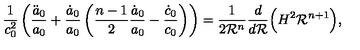
\frac { 1 } { c _ { 0 } ^ { 2 } } \left( \frac { \ddot { a } _ { 0 } } { a _ { 0 } } + \frac { \dot { a } _ { 0 } } { a _ { 0 } } \left( \frac { n - 1 } { 2 } \frac { \dot { a } _ { 0 } } { a _ { 0 } } - \frac { \dot { c } _ { 0 } } { c _ { 0 } } \right) \right) = \frac { 1 } { 2 { \cal R } ^ { n } } \frac { d } { d { \cal R } } \Big ( H ^ { 2 } { \cal R } ^ { n + 1 } \Big ) ,